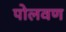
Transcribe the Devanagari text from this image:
पोलवण